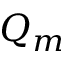
Q _ { m }